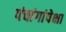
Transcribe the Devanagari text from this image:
पंचांगांपेक्षा